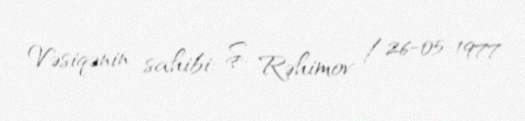
Vəsiqənin sahibi: Ş. Rəhimov / 26-05-1977